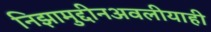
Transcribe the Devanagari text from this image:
निझामुद्दीनअवलीयाही